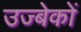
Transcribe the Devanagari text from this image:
उज्बेकों